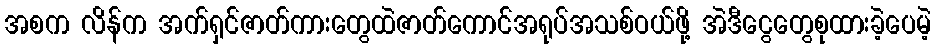
အစက လိန်က အက်ရှင်ဇာတ်ကားတွေထဲဇာတ်ကောင်အရုပ်အသစ်ဝယ်ဖို့ အဲဒီငွေတွေစုထားခဲ့ပေမဲ့